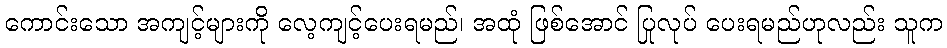
ကောင်းသော အကျင့်များကို လေ့ကျင့်ပေးရမည်၊ အထုံ ဖြစ်အောင် ပြုလုပ် ပေးရမည်ဟုလည်း သူက